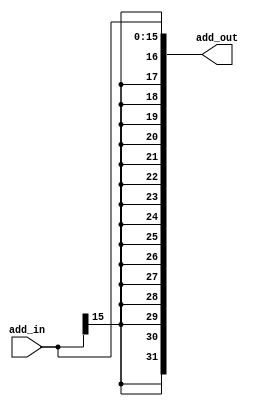
`timescale 1ns / 1ps
//////////////////////////////////////////////////////////////////////////////////
// Company: 
// Engineer: 
// 
// Design Name: 
// Module Name: SIGN_EXTENSION
// Project Name: 
// Target Devices: 
// Tool Versions: 
// Description: 
// 
// Dependencies: 
// 
// Revision:
// Revision 0.01 - File Created
// Additional Comments:
// 
//////////////////////////////////////////////////////////////////////////////////


module SIGN_EXTENSION(add_in, add_out);
    input [15:0] add_in;
    output [31:0] add_out;
    wire [31:0] add_out;
    
    assign add_out = {{16{add_in[15]}}, add_in};      

endmodule